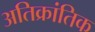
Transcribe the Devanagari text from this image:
अतिक्रांतिक